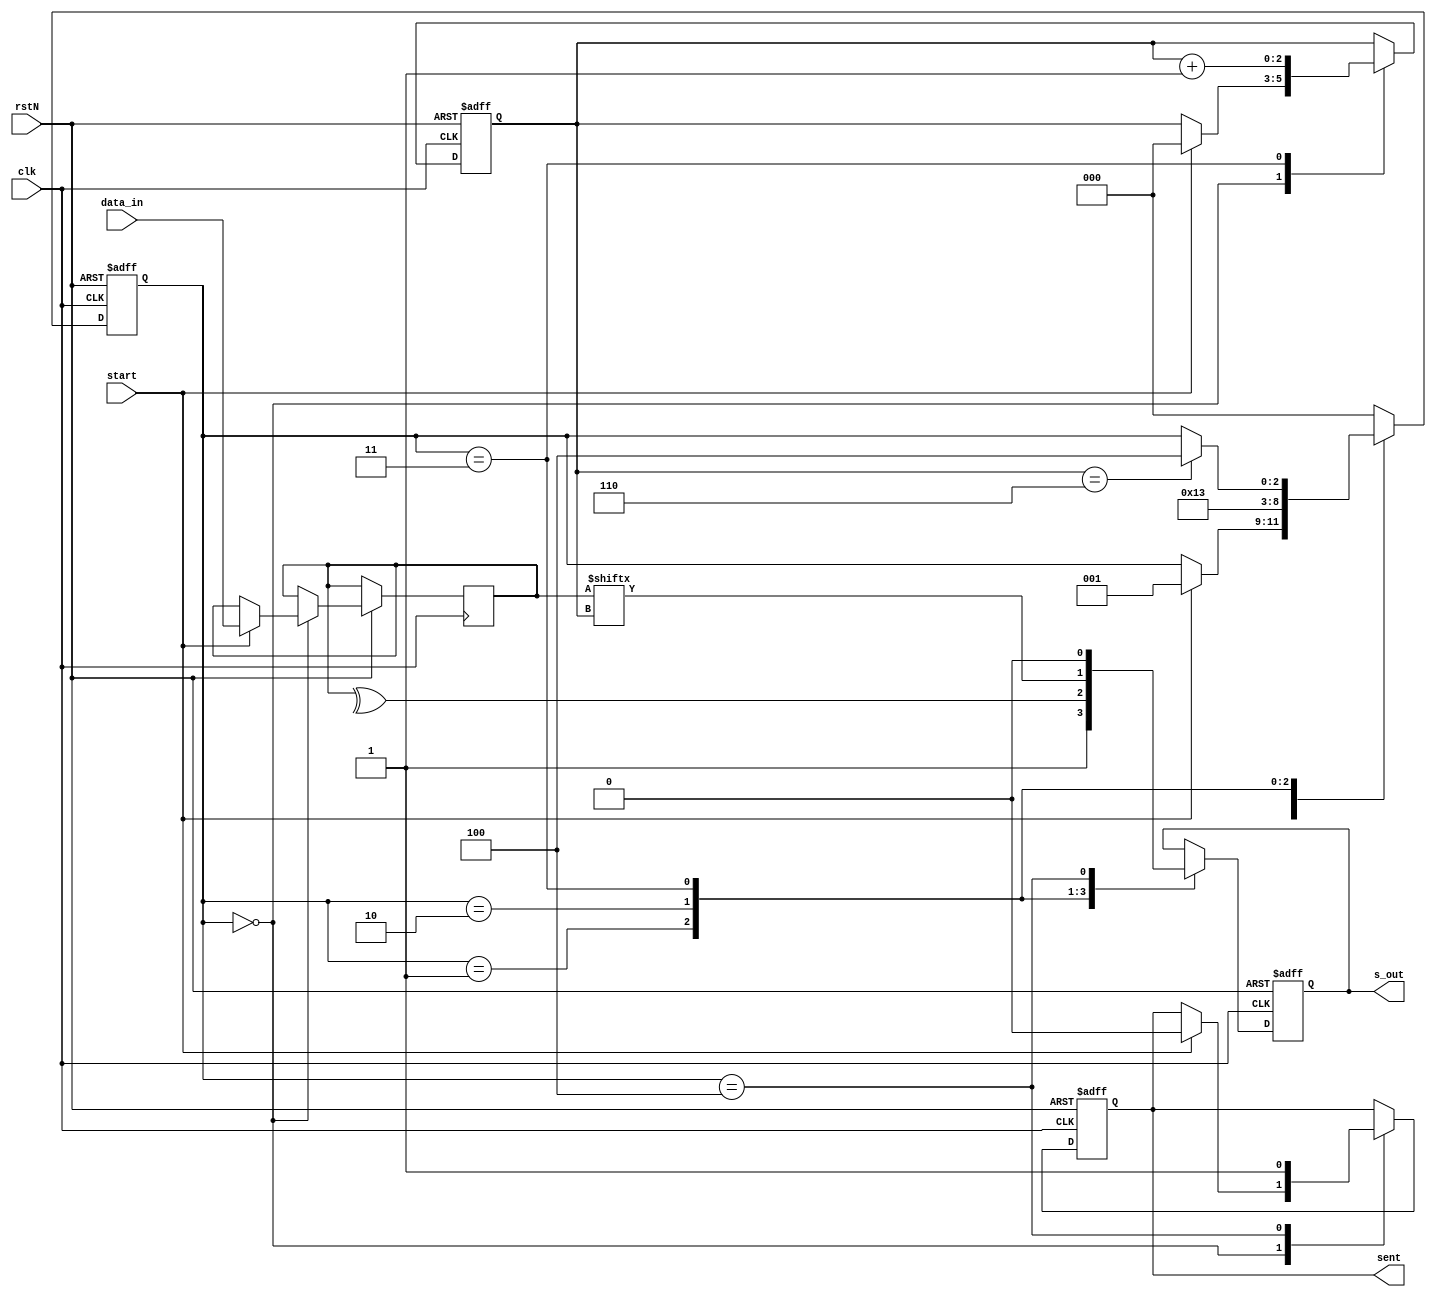
module sender # (
    parameter START_SIG = 1
) (
    input           rstN,
    input           clk,
    input           start,
    input   [6:0]   data_in,
    output  reg     s_out,
    output  reg     sent
);

localparam S_IDLE       = 0;
localparam S_START      = 1;
localparam S_PARITY     = 2;
localparam S_SEND       = 3;
localparam S_STOP       = 4;

reg [2:0]   state;
reg [6:0]   data;
reg [2:0]   data_index;

wire parity_sig;
assign parity_sig = ^data;

always @(posedge clk or negedge rstN) begin
    if (~rstN) begin
        state <= S_IDLE;
        data_index <= 0;
        s_out <= 0;
        sent <= 0;
    end
    else begin
        case (state)
            S_IDLE: begin
                if (start) begin
                    data_index <= 0;
                    data <= data_in;
                    state <= S_START;
                    sent <= 0;
                end
            end
            S_START: begin
                s_out <= START_SIG;
                state <= S_PARITY;
            end
            S_PARITY: begin
                s_out <= parity_sig;
                state <= S_SEND;
            end
            S_SEND: begin
                s_out <= data[data_index];
                data_index <= data_index + 1;
                if (data_index == 6)
                    state <= S_STOP;
            end
            S_STOP: begin
                s_out <= ~START_SIG;
                state <= S_IDLE;
                sent <= 1;
            end
            default: state <= S_IDLE;
        endcase
    end
end
    
endmodule